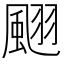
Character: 𩗍